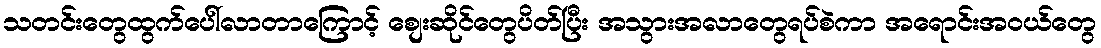
သတင်းတွေထွက်ပေါ်လာတာကြောင့် စျေးဆိုင်တွေပိတ်ပြီး အသွားအလာတွေရပ်စဲကာ အရောင်းအဝယ်တွေ